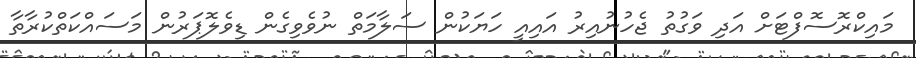
މައިކްރޮސޮފްޓަށް އަދި ވަގުތު ޖެހުނުއިރު އައިއީ ހަޔަކުން ސަލާމަތް ނުވެވިގެން ޑިވެލޮޕަރުން މަސައްކަތްކުރާތާ